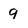
Character: 9